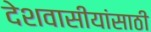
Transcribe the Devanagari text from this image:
देशवासीयांसाठी